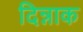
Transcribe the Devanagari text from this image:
दिन्नाक